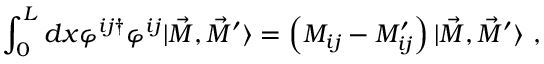
\int _ { 0 } ^ { L } d x \varphi ^ { i j \dagger } \varphi ^ { i j } | \vec { M } , \vec { M } ^ { \prime } \rangle = \left( M _ { i j } - M _ { i j } ^ { \prime } \right) | \vec { M } , \vec { M } ^ { \prime } \rangle \ ,